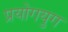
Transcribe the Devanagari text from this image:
प्रयोगयुग